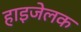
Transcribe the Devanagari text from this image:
हाइजेलक